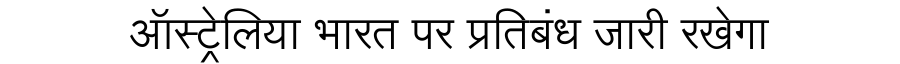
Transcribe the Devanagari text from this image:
ऑस्ट्रेलिया भारत पर प्रतिबंध जारी रखेगा